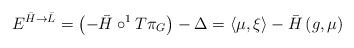
\begin{align*}E^{\bar{H}\rightarrow \bar{L}}=\left( -\bar{H}\circ ^{1}T\pi_{G}\right) -\Delta =\left\langle \mu ,\xi \right\rangle-\bar{H}\left( g,\mu \right) \end{align*}